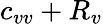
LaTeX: c_{vv}+R_{v}